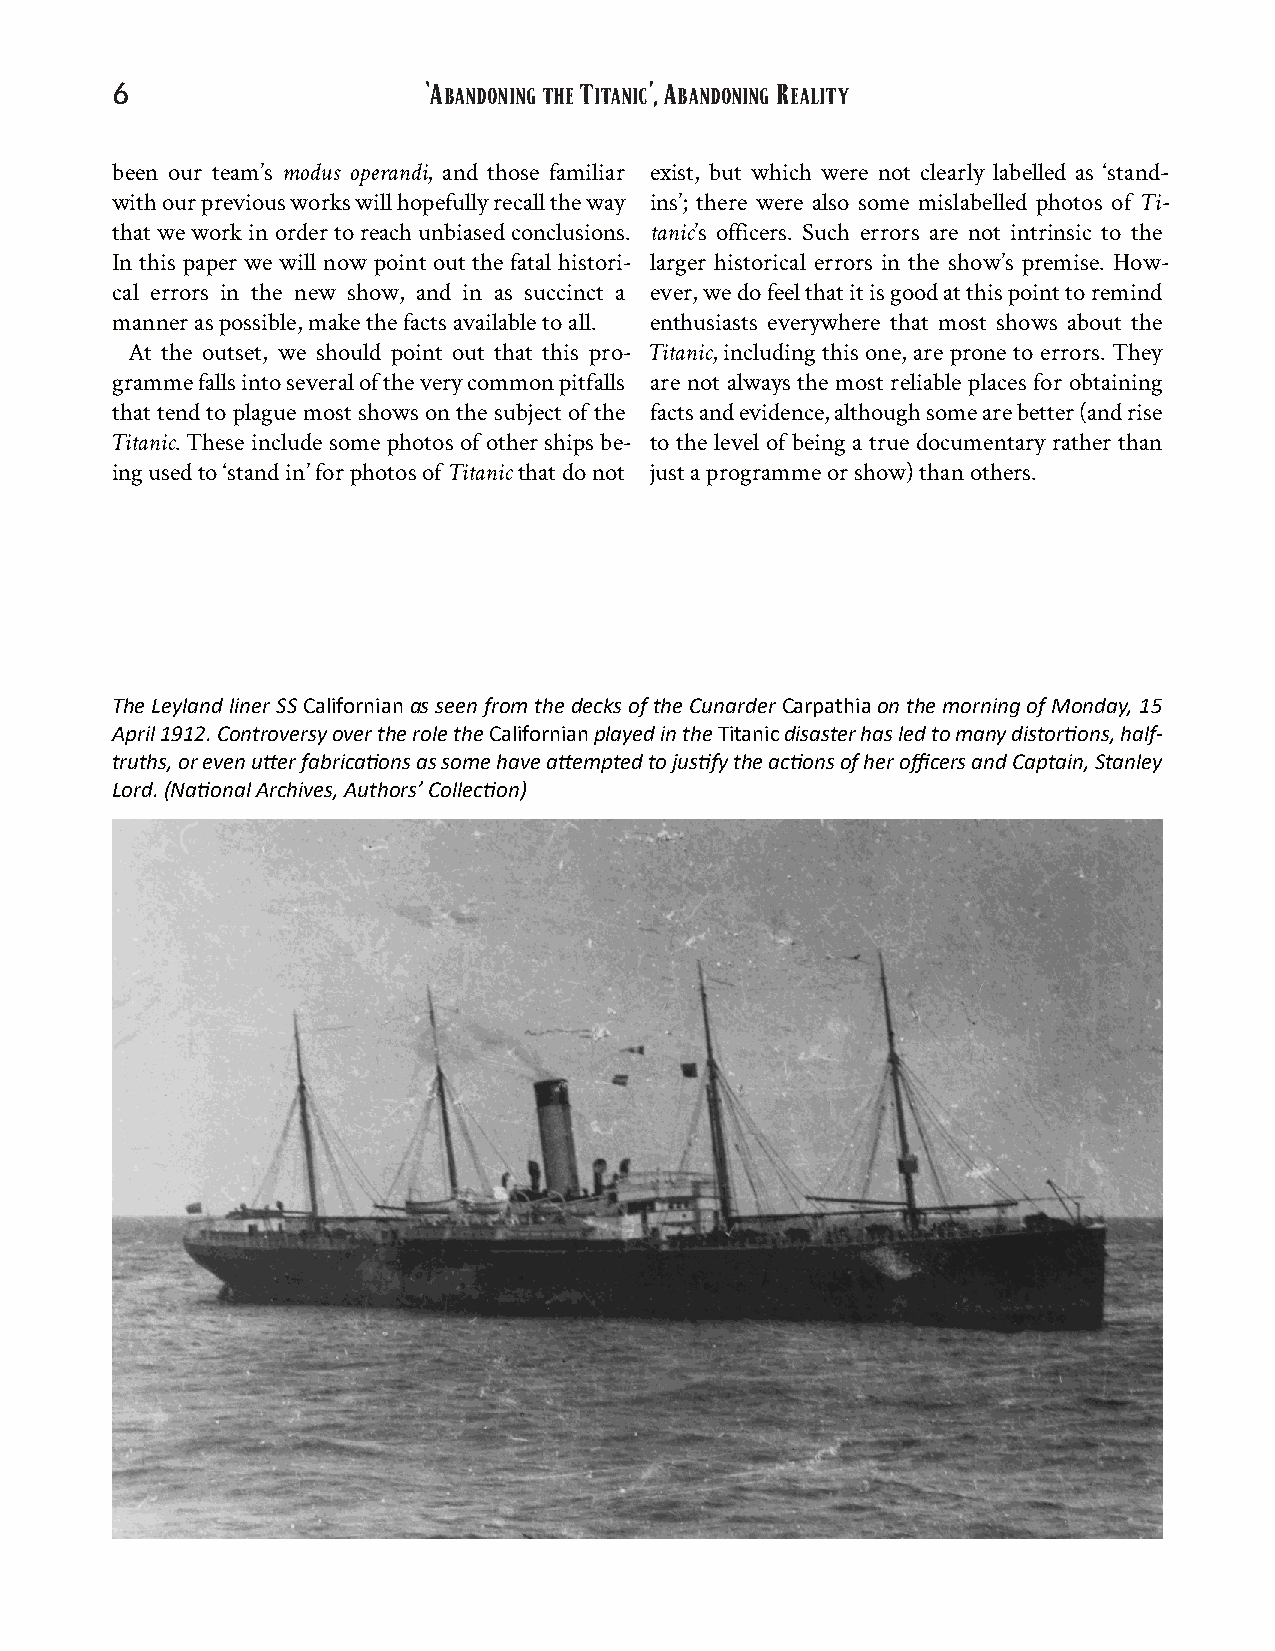
‘A        T    ’,A     R
 6                     BANDONINGTHE ITANIC BANDONING EALITY
 been our team’s modus operandi, and those familiar exist, but which were not clearly labelled as ‘stand-
 withourpreviousworkswillhopefullyrecalltheway ins’; there were also some mislabelled photos of Ti‐
 thatweworkinordertoreachunbiasedconclusions. tanic’s officers. Such errors are not intrinsic to the
 In this paper we will now point out the fatal histori‐ larger historical errors in the show’s premise. How‐
 cal errors in the new show, and in as succinct a ever,wedofeelthatitisgoodatthispointtoremind
 manneraspossible,makethefactsavailabletoall. enthusiasts everywhere that most shows about the
 At the outset, we should point out that this pro‐ Titanic, including this one, are prone to errors. They
 grammefallsintoseveraloftheverycommonpitfalls are not always the most reliable places for obtaining
 thattendtoplaguemostshowsonthesubjectofthe factsandevidence,althoughsomearebetter(andrise
 Titanic.Theseincludesomephotosofothershipsbe‐ to the level of being a true documentary rather than
 ingusedto‘standin’forphotosofTitanicthatdonot justaprogrammeorshow)thanothers.
 TheLeylandlinerSSCalifornianasseenfromthedecksoftheCunarderCarpathiaonthemorningofMonday,15
 April1912.ControversyovertheroletheCalifornianplayedintheTitanicdisasterhasledtomanydistor�ons,half-
 truths,orevenu�erfabrica�onsassomehavea�emptedtojus�fytheac�onsofherofficersandCaptain,Stanley
 Lord.(Na�onalArchives,Authors’Collec�on)